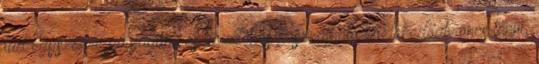
tud egyszerre pályagumi és közúton is használható közlekedőabroncs lenni,